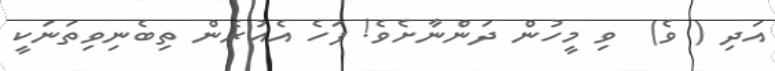
އަދި ( ވެ)  ވި މީހުން ދަންނާށެވެ! ފަހެ އެއުރެން ތިބެނިވިތަނަކީ